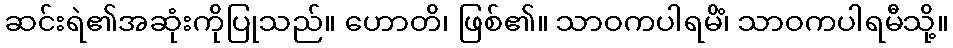
ဆင်းရဲ၏အဆုံးကိုပြုသည်။ ဟောတိ၊ ဖြစ်၏။ သာဝကပါရမိံ၊ သာဝကပါရမီသို့။